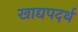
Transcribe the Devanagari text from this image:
खाद्यपदर्थ